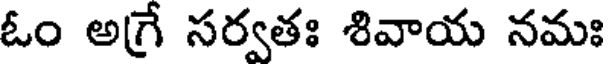
ఓం అగ్రే సర్వతః శివాయ నమః